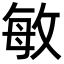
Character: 敏